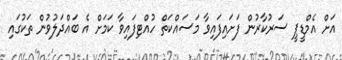
އަށް އެމްޑީޕީ ސަރުކާރުން ފަށައިފައިވާ މަސައްކަތް ހުއްޓިފައިވާ ކަމަށް އެ ބައްދަލުވުން ތަކުގައި